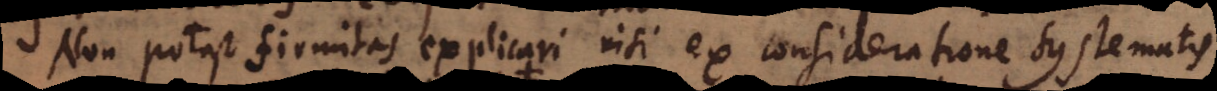
Non potest firmitas explicari nisi ex consideratione systematis